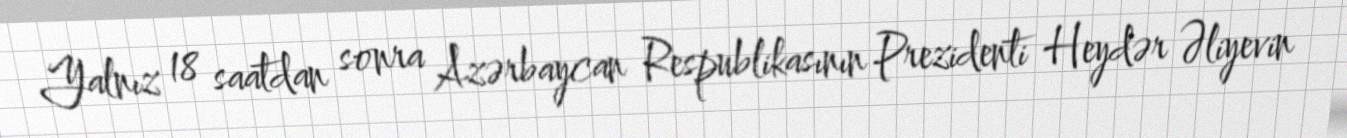
Yalnız 18 saatdan sonra Azərbaycan Respublikasının Prezidenti Heydər Əliyevin